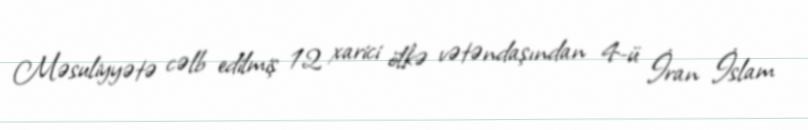
Məsuliyyətə cəlb edilmiş 12 xarici ölkə vətəndaşından 4-ü İran İslam